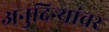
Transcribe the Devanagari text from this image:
अनुदिन्यांवर